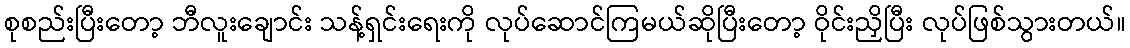
စုစည်းပြီးတော့ ဘီလူးချောင်း သန့်ရှင်းရေးကို လုပ်ဆောင်ကြမယ်ဆိုပြီးတော့ ဝိုင်းညှိပြီး လုပ်ဖြစ်သွားတယ်။